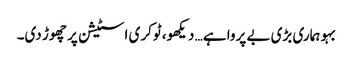
بہو ہماری بڑی بے پروا ہے… دیکھو، ٹوکری اسٹیشن پر چھوڑ دی۔